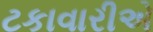
ટકાવારીએ